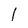
Character: l